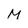
Character: M